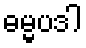
ဓမ္မပဒါ